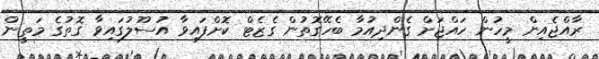
ރާއްޖެއިން މީހުން ހައްޖަށް ގެންދިއުމާ ބެހޭގޮތުން ގެޒެޓް ކޮށްފައިވާ އުސޫލުގައިވާ ގޮތުގެ މަތީން